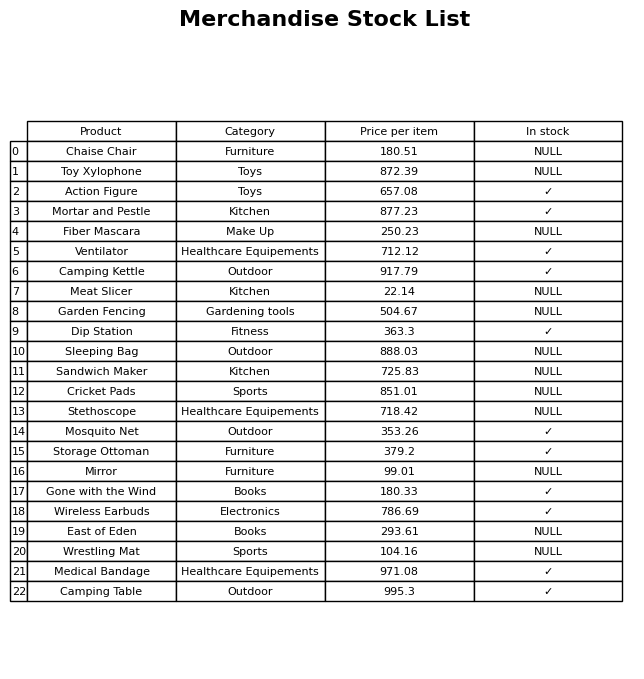
question: What is the stock status of the Cricket Pads?
answer: NULL